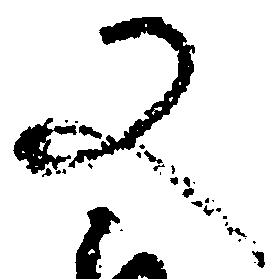
又